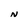
Character: N